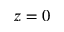
z = 0